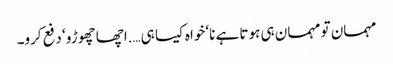
مہمان تو مہمان ہی ہوتا ہے نا‘ خواہ کیسا ہی….اچھا چھوڑو ‘ دفع کرو۔